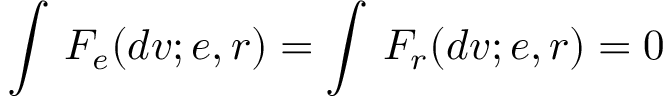
\int \, F _ { e } ( d v ; e , r ) = \int \, F _ { r } ( d v ; e , r ) = 0